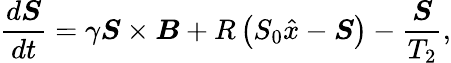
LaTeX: \frac{d\boldsymbol{S}}{dt}=\gamma\boldsymbol{S}\times\boldsymbol{B}+R\left(S_{0}\hat{x}-\boldsymbol{S}\right)-\frac{\boldsymbol{S}}{T_{2}},